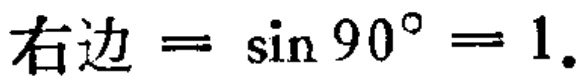
右边 = \(\sin 90^{\circ}=1\).